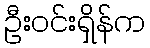
ဦးဝင်းရှိန်က